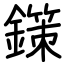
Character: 鏼